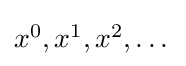
\textstyle x^{0},x^{1},x^{2},\dots